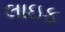
લાઇફ